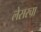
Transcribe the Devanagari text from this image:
लेसरचा